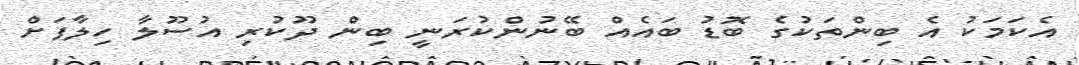
އެކަމަކު އެ ބިންތަކުގެ ބޮޑު ބައެއް ބޭނުންކުރަނީ ބިން ދޫކުރި އުސޫލާ ހިލާފަށް